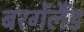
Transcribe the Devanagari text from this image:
बरगेंलैंड